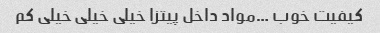
کیفیت خوب …مواد داخل پیتزا خیلی خیلی خیلی کم